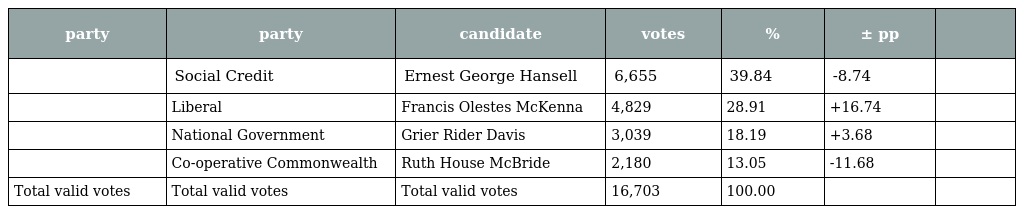
| party | party | candidate | votes | % | ± pp |  |
 | --- | --- | --- | --- | --- | --- | --- |
 |  | Social Credit | Ernest George Hansell | 6,655 | 39.84 | -8.74 |  |
 |  | Liberal | Francis Olestes McKenna | 4,829 | 28.91 | +16.74 |  |
 |  | National Government | Grier Rider Davis | 3,039 | 18.19 | +3.68 |  |
 |  | Co-operative Commonwealth | Ruth House McBride | 2,180 | 13.05 | -11.68 |  |
 | Total valid votes | Total valid votes | Total valid votes | 16,703 | 100.00 |  |  |